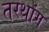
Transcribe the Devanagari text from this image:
तरथांग